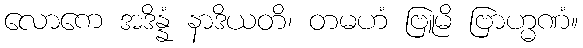
လောကေ အဒိန္နံ နာဒိယတိ၊ တမဟံ ဗြူမိ ဗြာဟ္မဏံ။